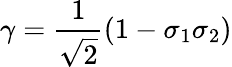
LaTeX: \gamma={\frac{1}{\sqrt{2}}}(1-\sigma_{1}\sigma_{2})